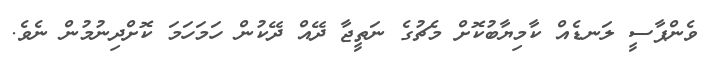
ވެންޕާސީ ލަނޑެއް ކާމިޔާބުކޮށް މެޗުގެ ނަތީޖާ ދޭއް ދޭކުން ހަމަހަމަ ކޮށްދިނުމުން ނެވެ.